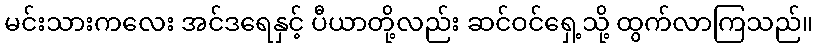
မင်းသားကလေး အင်ဒရေနှင့် ပီယာတို့လည်း ဆင်ဝင်ရှေ့သို့ ထွက်လာကြသည်။